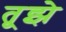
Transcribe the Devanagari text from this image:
तूझे